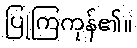
ပြုကြကုန်၏။